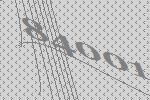
84001